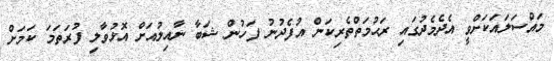
މައްސަލައަކަށްވީ އެދެމެދުގައި ރަޙުމަތްތެރިކަން އުފެދުނު ފަހުން ޝަބާ ނާއިލުއަށް އޮޅުވާލި ފުރަތަމަ ކަމަށް